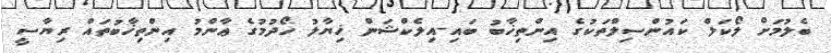
ބެލުމަށް ލޯކަލް ކައުންސިލްތަކުގެ އިންތިޚާބު ބައި-އިލެކްޝަން ޚިޔާލު ހޯދުމުގެ ޢާންމު އިންތިޚާބުތައް ރިޔާސީ